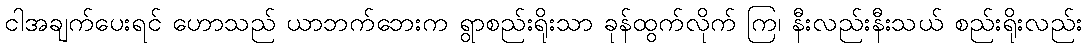
ငါအချက်ပေးရင် ဟောသည် ယာဘက်ဘေးက ရွာစည်းရိုးသာ ခုန်ထွက်လိုက် ကြ၊ နီးလည်းနီးသယ် စည်းရိုးလည်း